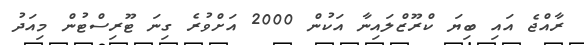
ރާއްޖެ އައި ބިޔަ ކްރޫޒްލައިނާ އަކުން 2000 އަށްވުރެ ގިނަ ޓޫރިސްޓުން މިއަދު